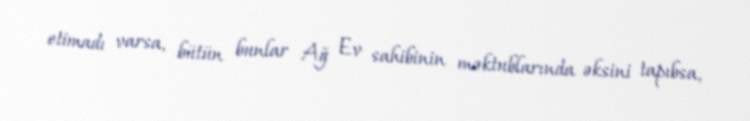
etimadı varsa, bütün bunlar Ağ Ev sahibinin məktublarında əksini tapıbsa,